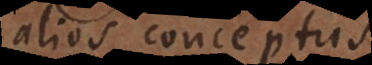
alios conceptus.